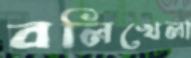
বলিখেলা